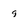
Character: 9